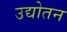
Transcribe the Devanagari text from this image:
उद्योतन